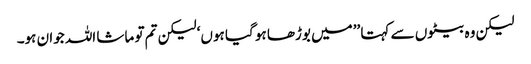
لیکن وہ بیٹوں سے کہتا ’’میں بوڑھا ہو گیا ہوں‘ لیکن تم تو ماشا اللہ جوان ہو۔